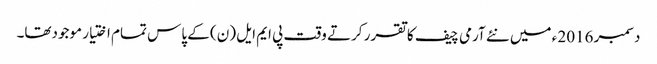
دسمبر 2016 ء میں نئے آرمی چیف کا تقرر کرتے وقت پی ایم ایل (ن) کے پاس تمام اختیار موجودتھا۔